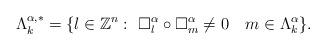
LaTeX: \begin{align*}\Lambda_k^{\alpha,\ast}=\{l\in \mathbb{Z}^n:~\Box_l^{\alpha}\circ\Box_m^{\alpha}\neq 0~~~m\in \Lambda_k^{\alpha}\}.\end{align*}